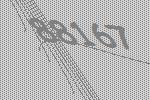
88167